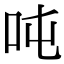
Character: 吨